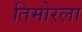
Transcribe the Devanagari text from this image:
तिमोरला